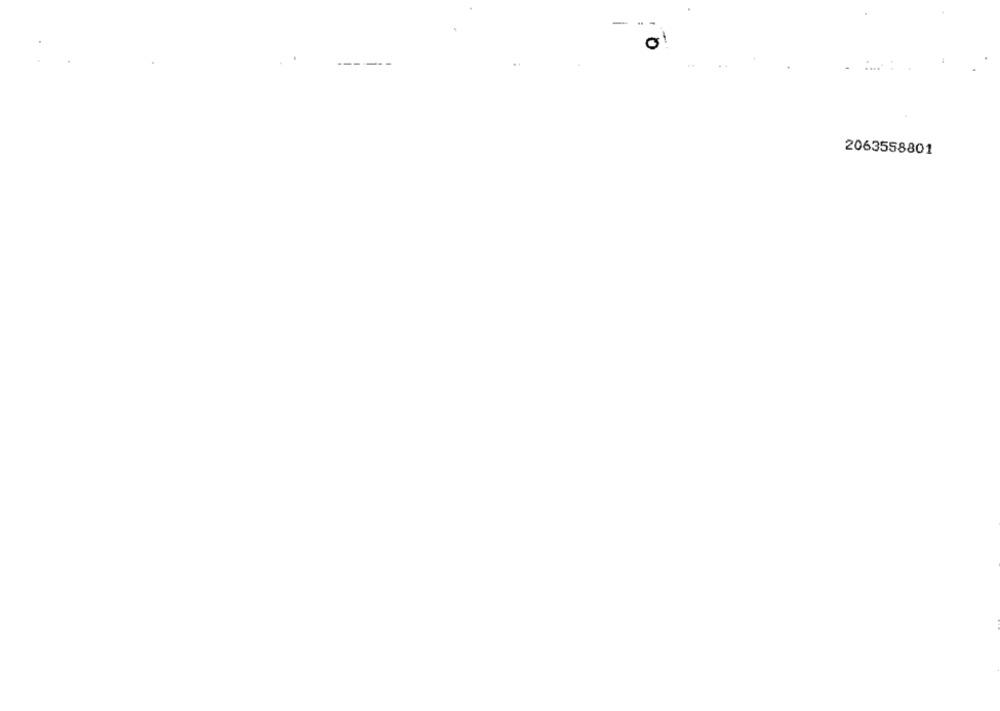
-
0
2063558801